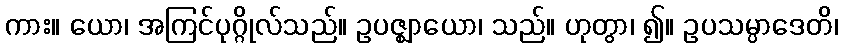
ကား။ ယော၊ အကြင်ပုဂ္ဂိုလ်သည်။ ဥပဇ္ဈာယော၊ သည်။ ဟုတွာ၊ ၍။ ဥပသမ္ပာဒေတိ၊